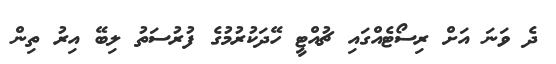
ދެ ވަނަ އަށް ރިސޯޓެއްގައި ޗުއްޓީ ހޭދަކުރުމުގެ ފުރުސަތު ލިބޭ އިރު ތިން